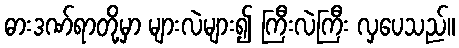
ဓားဒဏ်ရာတို့မှာ များလဲများ၍ ကြီးလဲကြီး လှပေသည်။